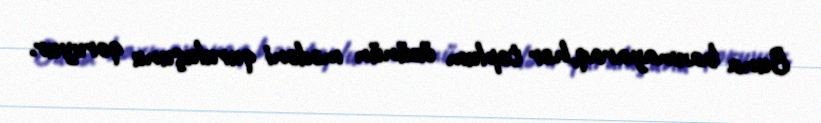
Buna baxmayaraq,hər toplum özünün mədəni quruluşunu qoruyur.